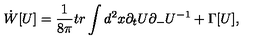
\dot { W } [ U ] = \frac { 1 } { 8 \pi } t r \int d ^ { 2 } x \partial _ { t } U \partial _ { - } U ^ { - 1 } + \Gamma [ U ] ,